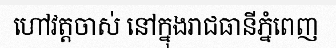
ហៅវត្តចាស់ នៅក្នុងរាជធានីភ្នំពេញ